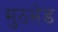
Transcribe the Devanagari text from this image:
मुठभ़ेड